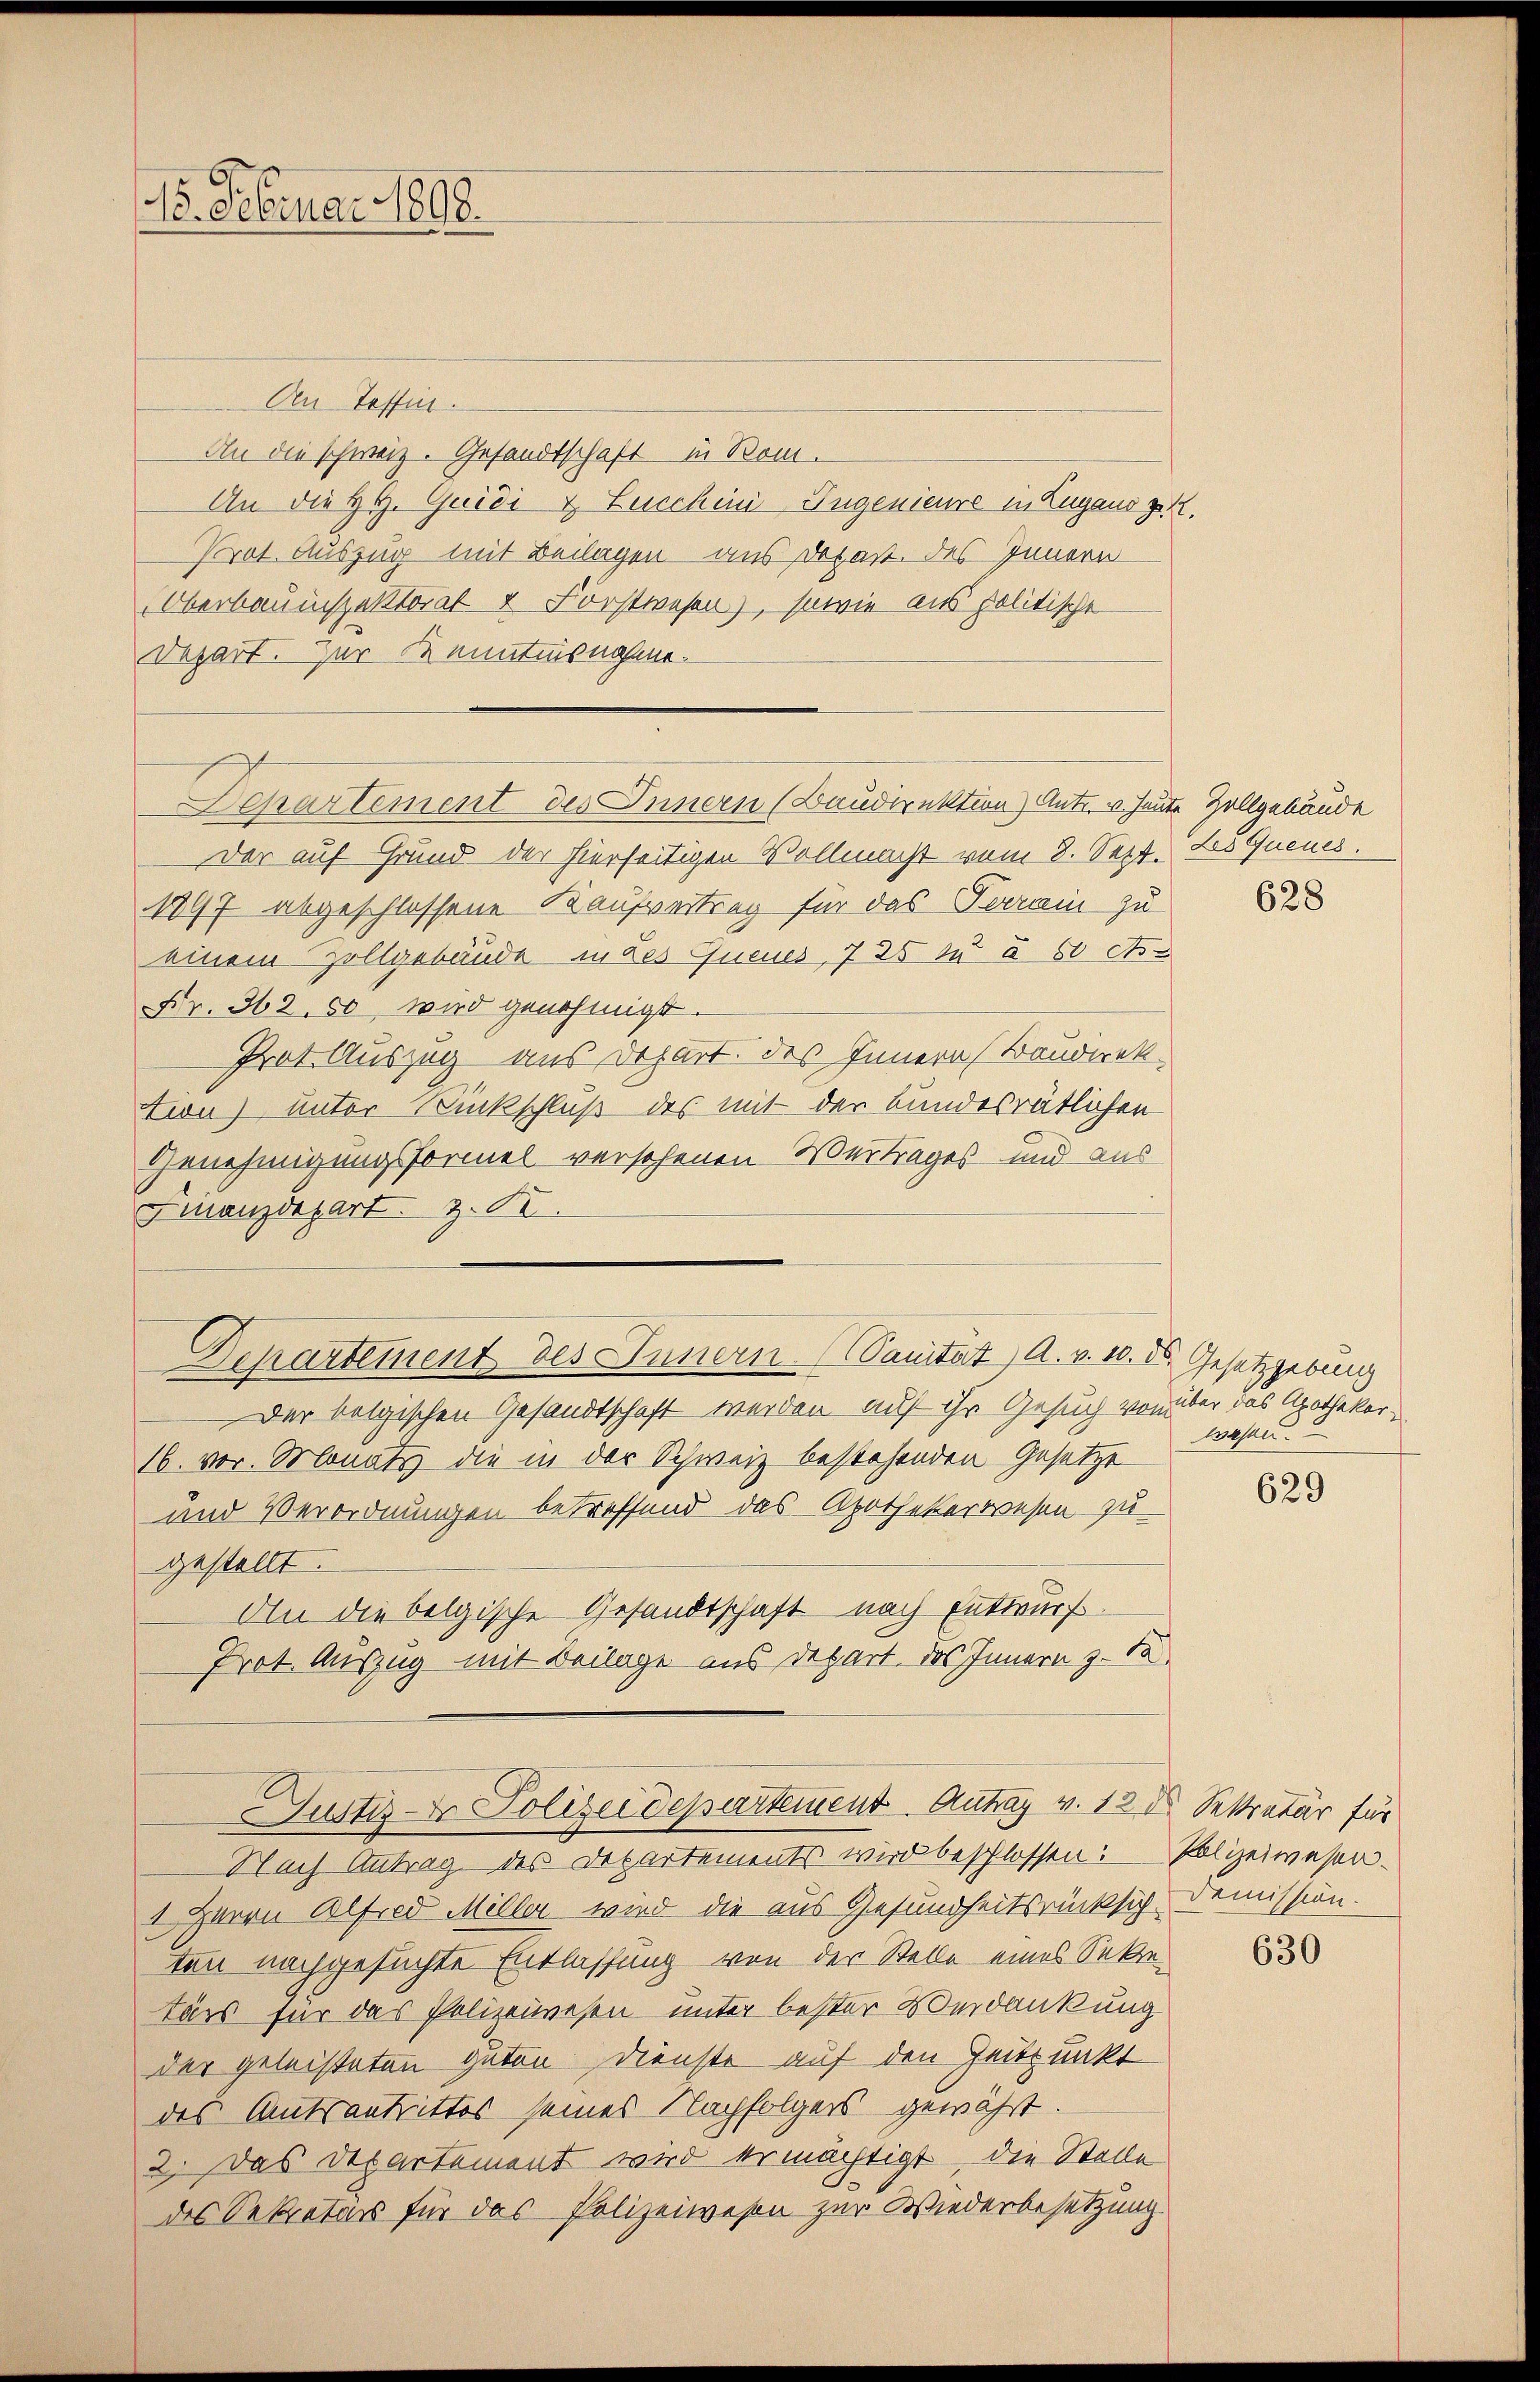
15. Februar 1898.

An Tessin.
An die schweiz. Gesandtschaft in Rom.
An die HH. Quici & Zuschini, Ingenieure in Lugaus z. B.
Prot. Auszug mit Beilagen – aus Dozart des Innern
Oberbauinspektorat & Forstwesen), sowie aus politische
Depart. Zur Kenntnisnahme.
Departement des Innern (Baudirektion) Antr. v. heute Zollgebäude
Der auf Grund der hierseitigen Vollmacht vom 8. Sept. des Queues.
1897 abgeschlossene Kaufvertrag für das Terrain zu
einem Zollgebäude in des Queues 725 zu § 80 As¬
Fr. 562. 50 wird genehmigt.
Prot. Auszug aus Depart. des Innern Baudirek
tion) unter Rückschluß des mit der Bundesrätlichen
Genehmigungsformel versehenen Vertrages und aus
Finanzdepart z. Fr
Departement des Innern (Sanität, A. v. 10. ds. Gesetzgebung
Der belgischen Gesandtschaft werden auf ihr Gesuch von über das Apothekar-
16. vor. Monats die in der Schweiz bestehenden Gesetze
und Verordnungen betreffend das Apothekerwesen zu
gestellt.
An die belgische Gesandtschaft nach Entwurf.
Prot. Auszug mit Beilage aus Depart, das Innern z. 1
Justiz- & Polizeidepartement. Antrag v. 12 d. Sekretär für
Nach Antrag des Departements wird beschlossen: Polizeiwesen¬
1 Herrn Alfred Miller wird die aus Gesundheitsrücksich demission.
ten nachgesuchte Entlassung von der Stelle eines Sekretärs für das Polizeiwesen unter bester Verdankung
der geleisteten guten Dienste auf den Zeitpunkt
des Amtsantrittes seines Nachfolgers gewährt.
2. Das Departement wird ermächtigt, die Stelle
des Sekretärs für das Polizeiwesen zur Wiederbesetzung

628

wesen.

629

630